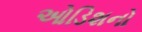
ઓડિશનો